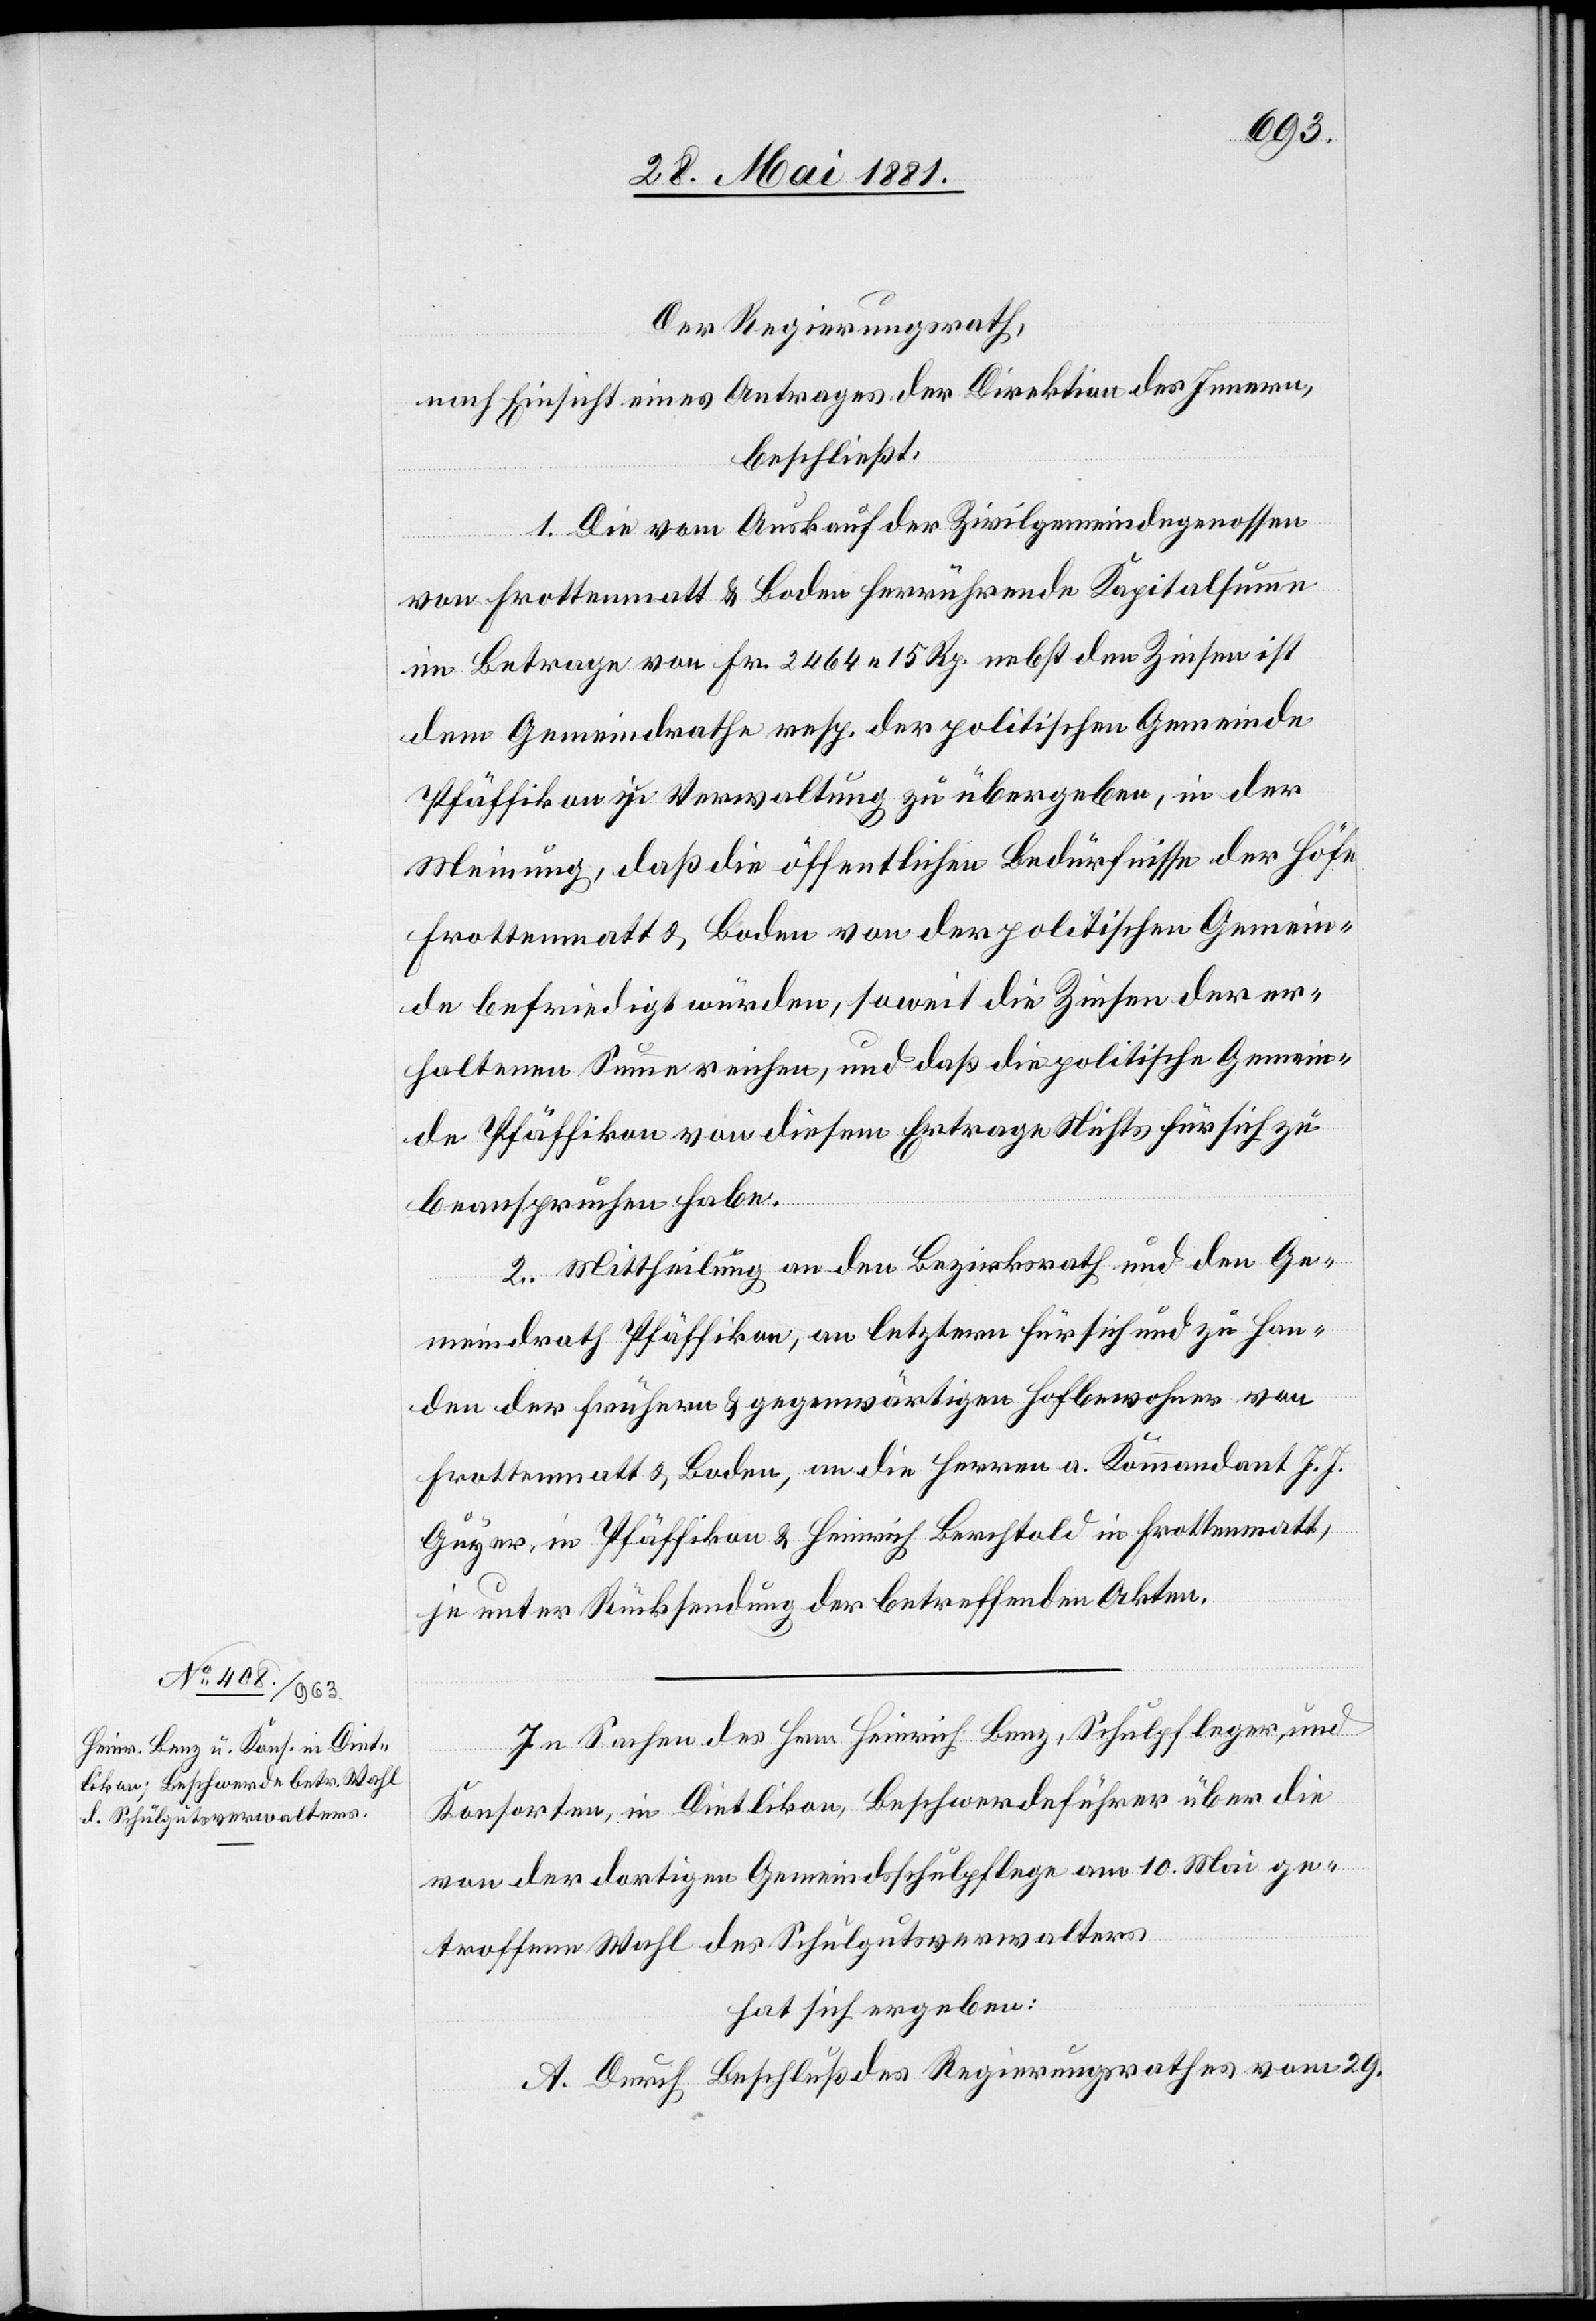
Der Regierungsrath,
nach Einsicht eines Antrages der Direktion des Innern,
beschließt:
1. Die vom Auskauf der Zivilgemeindegenossen
von Frottenmatt & Boden herrührende Kapitalsumme
im Betrage von Fr. 2464 15 Rp. nebst den Zinsen ist
dem Gemeindrathe resp. der politischen Gemeinde
Pfäffikon zu[r] Verwaltung zu übergeben, in der
Meinung, daß die öffentlichen Bedürfnisse der Höfe
Frottenmatt & Boden von der politischen Gemein¬
de befriedigt würden, soweit die Zinsen der er¬
haltenen Summe reichen, und daß die politische Gemein¬
de Pfäffikon von diesem Ertrage Nichts für sich zu
beanspruchen habe.
2. Mittheilung an den Bezirksrath und den Ge¬
meindrath Pfäffikon, an letztern für sich und zu Han¬
den der frühern & gegenwärtigen Hofbewohner von
Frottenmatt & Boden, an die Herren a. Kommandant J. J.
Guyer, in Pfäffikon & Heinrich Berchtold in Frottenmatt,
je unter Rücksendung der betreffenden Akten.
In Sachen des Hrn. Heinrich Benz, Schulpfleger, und
Konsorten, in Dietlikon, Beschwerdeführer über die
von der dortigen Gemeindsschulpflege am 10. Mai ge¬
troffene Wahl des Schulgutsverwalters
hat sich ergeben:
A. Durch Beschluß des Regierungsrathes vom 29.